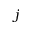
j